Indian journal of veterinary science and animal husbandry - Volume 3,
Year: 1933
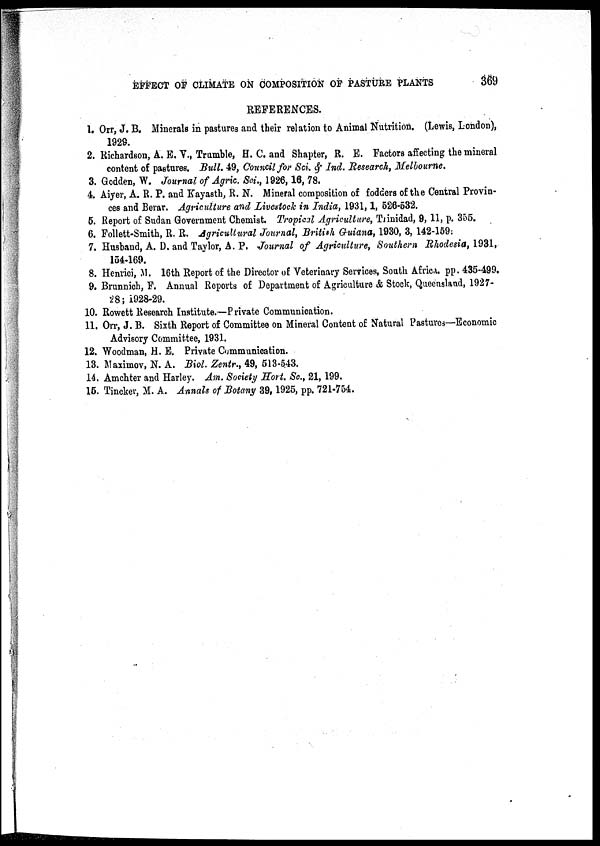
EFFECT OF CLIMATE ON COMPOSITION OF PASTURE PLANTS
369
REFERENCES.
1. Orr, J. B. Minerals in pastures and their relation to Animal Nutrition. (Lewis, London),
1929.
2. Richardson, A. E. V., Trumble, H. C. and Shapter, R. E. Factors affecting the mineral
content of pastures. Bull. 49, Council for Sci. & Ind. Research, Melbourne.
3. Godden, W. Journal of Agric. Sci., 1926,16, 78.
4. Aiyer, A. R. P. and Kayasth, R. N. Mineral composition of fodders of the Central Provin¬
ces and Berar. Agriculture and Livestock in India, 1931,1, 526-532.
5. Report of Sudan Government Chemist. Tropical Agriculture, Trinidad, 9, 11, p. 355.
6. Follett-Smith, R. R. Agricultural Journal, British Guiana, 1930, 3, 142-159;
7. Husband, A. D. and Taylor, A. P. Journal of Agriculture, Southern Rhodesia, 1931,
154-169.
8. Henrici, M. 16th Report of the Director of Veterinary Services, South Africa, pp. 435-499.
9. Brunnich, F. Annual Reports of Department of Agriculture & Stock, Queensland, 1927-
28; 1928-29.
10. Rowett Research Institute.—Private Communication.
11. Orr, J. B. Sixth Report of Committee on Mineral Content of Natural Pastures—Economic
Advisory Committee, 1931.
12. Woodman, H. E. Private Communication.
13. Maximov, N. A. Biol. Zentr., 49, 513-543.
14. Amchter and Harley. Am. Society Hort. Sc, 21,Annals of Botany199.
15. Tincker, M. A. Annals of Botany 39,1925, pp. 721-754.